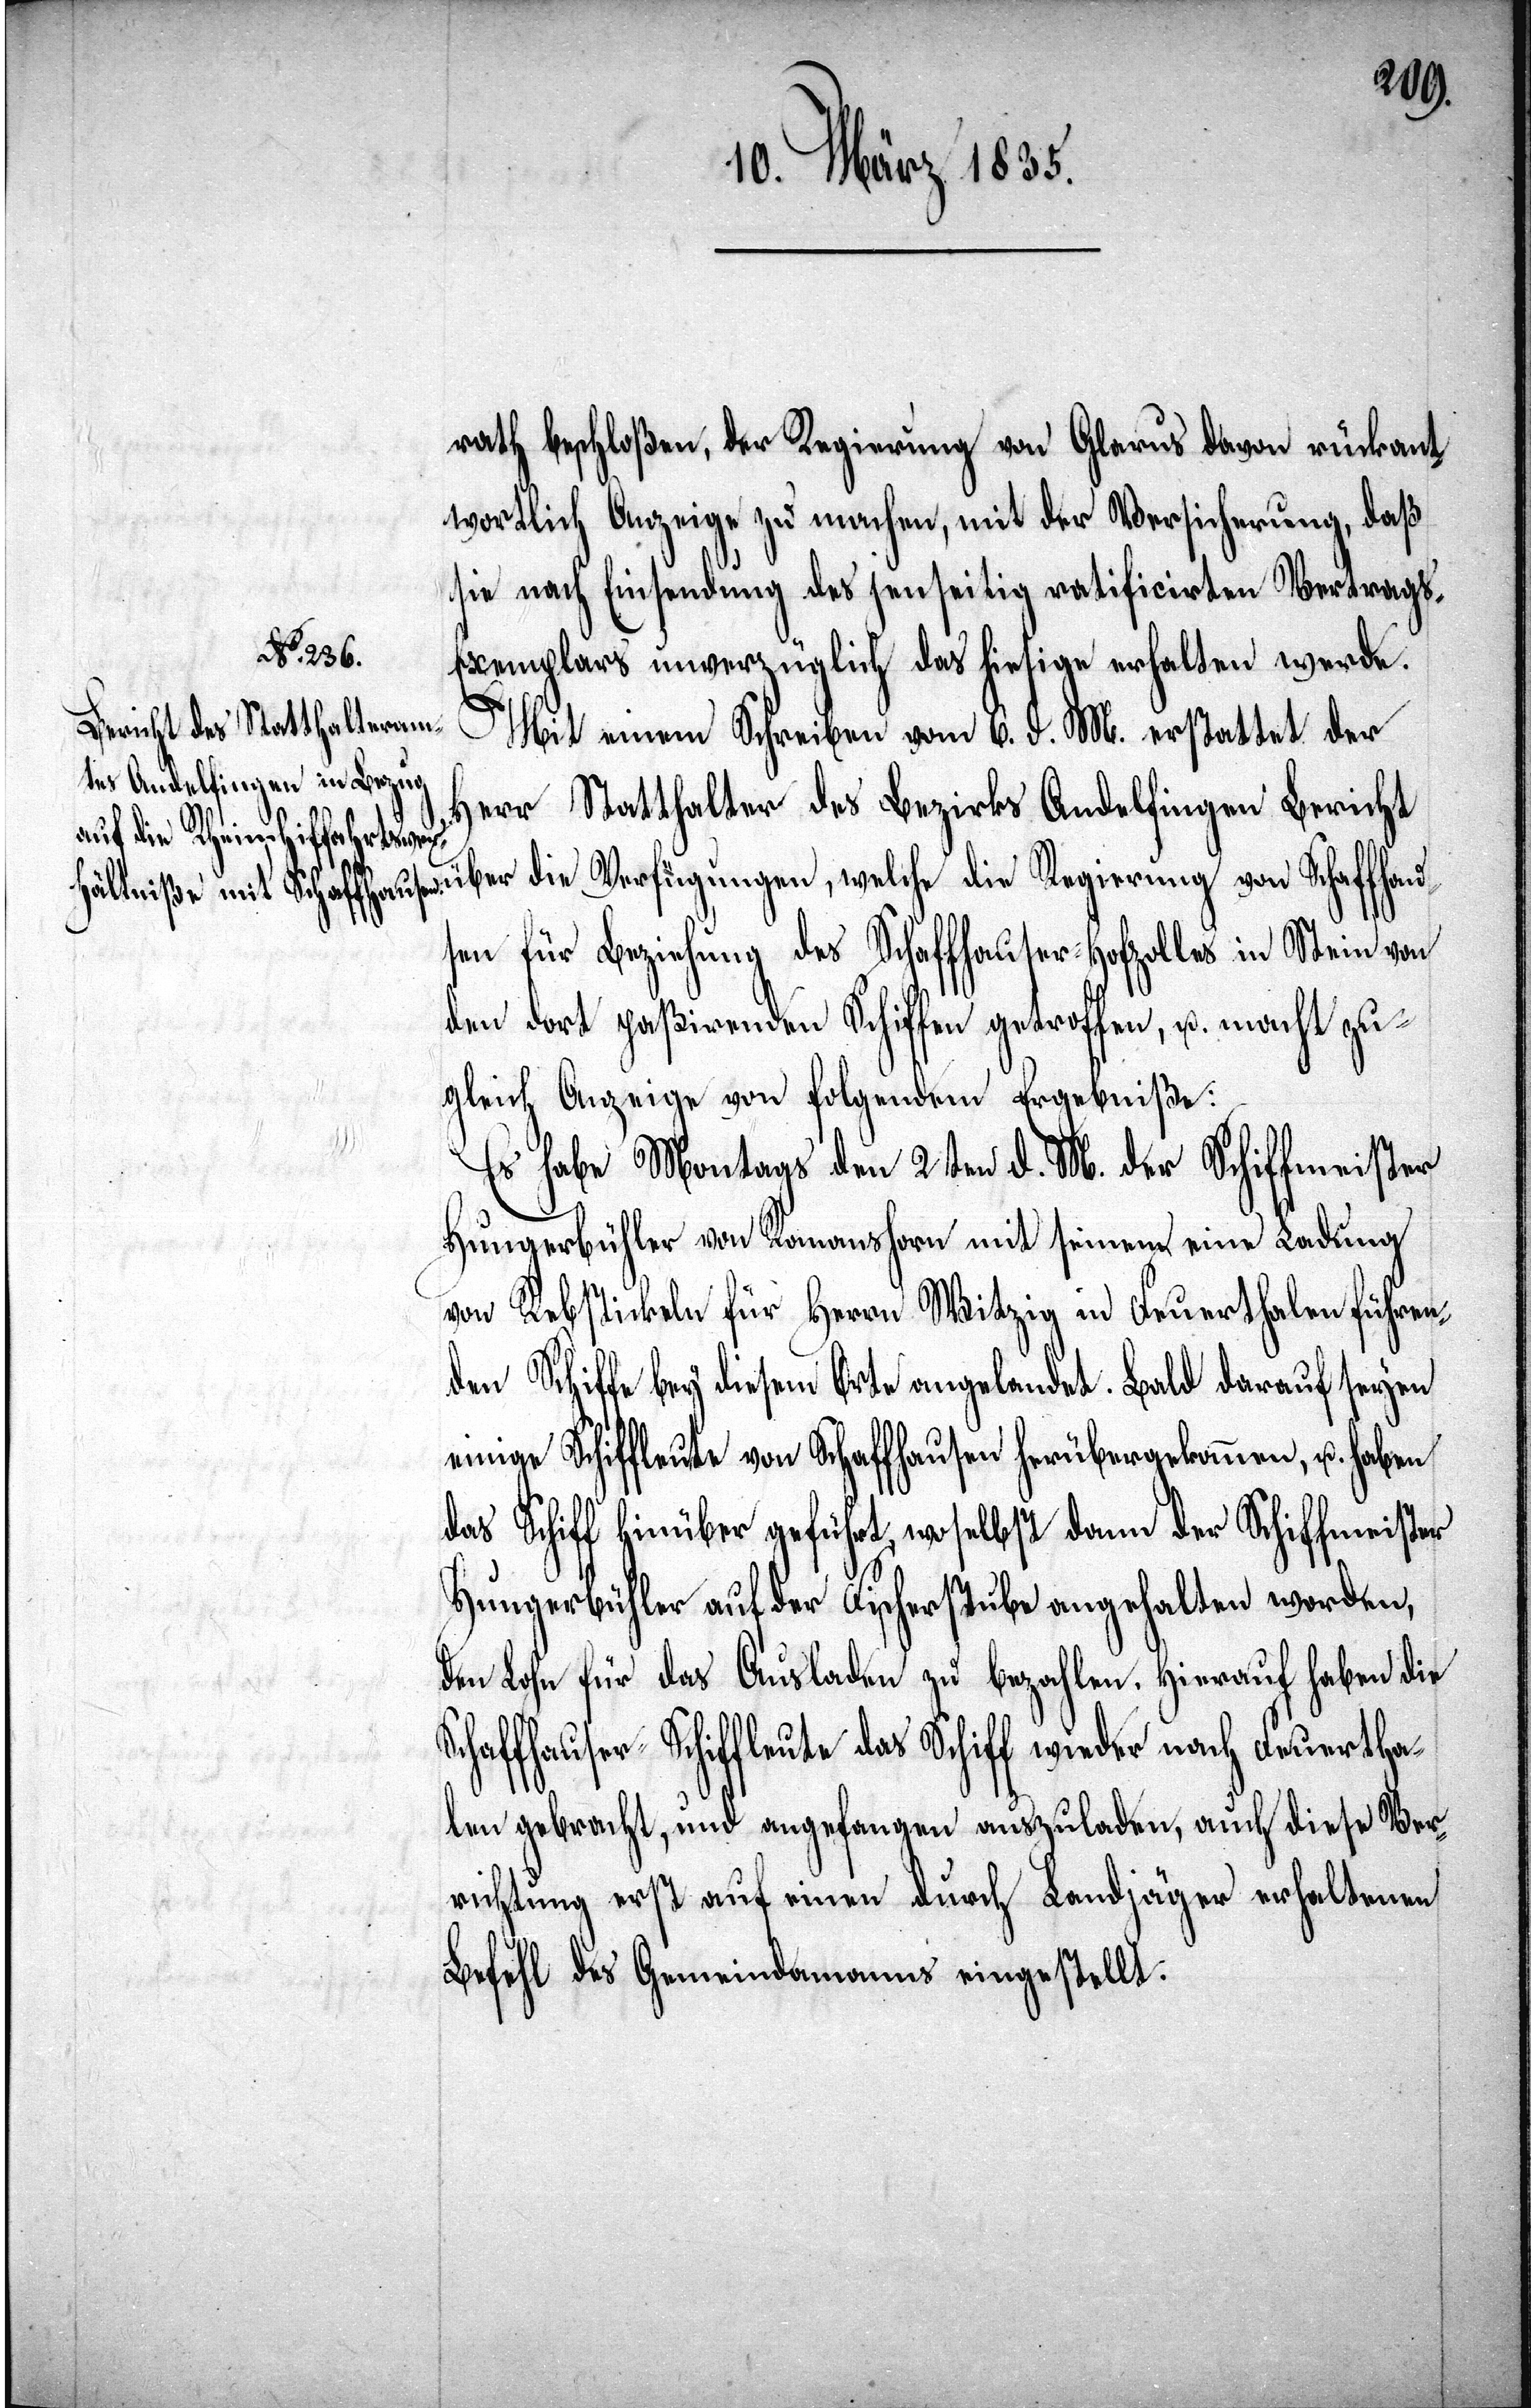
rath beschloßen, der Regierung von Glarus davon rückant¬
wortlich Anzeige zu machen, mit der Versicherung, daß
sie nach Einsendung des jenseitig ratificirten Vertrag¬
s-Exemplars unverzüglich das hiesige erhalten werde.
Mit einem Schreiben vom 6. d. M. erstattet der
Herr Statthalter des Bezirks Andelfingen Bericht
über die Verfügungen, welche die Regierung von Schaffhau¬
sen für Beziehung des Schaffhauser-Hofzolles in Stein von
den dort paßirenden Schiffen getroffen, u. macht zu¬
gleich Anzeige von folgendem Ergebniße:
Es habe Montags den 2ten d. M. der Schiffmeister
Hungerbühler von Romanshorn mit seinem eine Ladung
von Rebstickeln für Herrn Witzig in Feuerthalen führen¬
den Schiffe bey diesem Orte angelandet. Bald darauf seyen
einige Schiffleute von Schaffhausen herübergekommen, u. haben
das Schiff hinüber geführt, woselbst dann der Schiffmeister
Hungerbühler auf der Fischerstube angehalten worden,
den Lohn für das Ausladen zu bezahlen, hierauf haben die
Schaffhauser-Schiffleute das Schiff wieder nach Feuertha¬
len gebracht, und angefangen auszuladen, auch diese Ver¬
richtung erst auf einen durch Landjäger erhaltenen
Befehl des Gemeindamanns eingestellt.